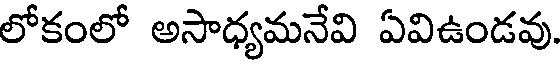
లోకంలో అసాధ్యమనేవి ఏవిఉండవు.